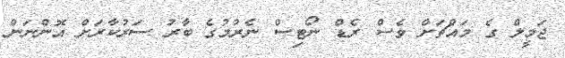
ޖަމީލް ގެ މައްޗަށް ވެސް ރެޑް ނޯޓިސް ނެރުމުގެ ބާރު ސަރުކާރަށް އޮންނަން